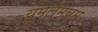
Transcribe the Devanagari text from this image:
यूमलेम्बम